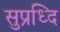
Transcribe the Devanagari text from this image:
सुप्रध्दि